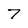
Character: 7